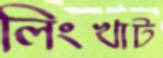
লিংখাট